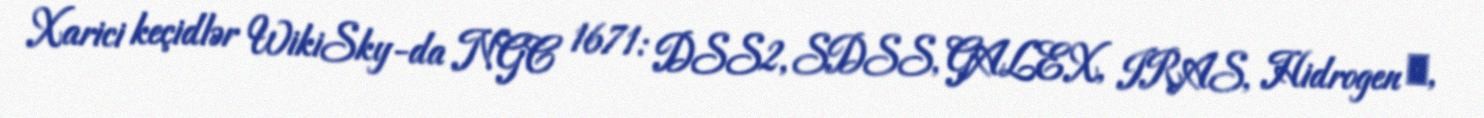
Xarici keçidlər WikiSky-da NGC 1671: DSS2, SDSS, GALEX, IRAS, Hidrogen α,